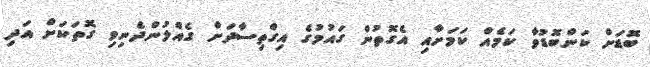
ބޮޑަށް ކަންބޮޑުވާ ކަމެއް ކަމަށާއި އެގޮތުން ގައުމުގެ އިގްތިސާދަށް ގެއްލުންދެނިވި ގޮތަކަށް އަދި